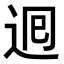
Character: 𮞉